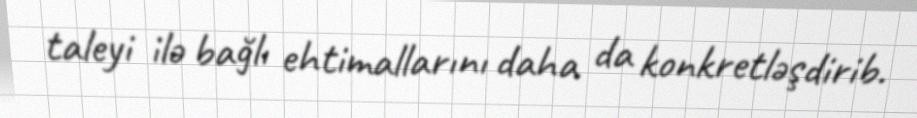
taleyi ilə bağlı ehtimallarını daha da konkretləşdirib.